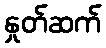
နှုတ်ဆက်